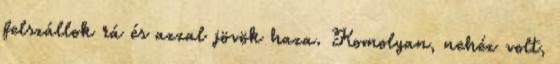
felszállok rá és azzal jövök haza. Komolyan, nehéz volt,